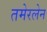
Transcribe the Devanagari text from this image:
तमेरलेन